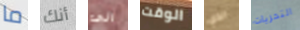
ما أنك الى الوقت الذي التحريات